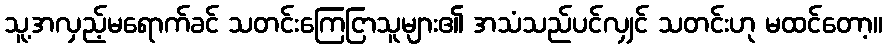
သူ့အလှည့်မရောက်ခင် သတင်းကြေငြာသူများ၏ အသံသည်ပင်လျှင် သတင်းဟု မထင်တော့။